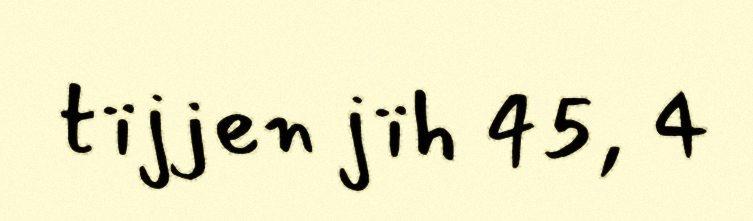
tïjjen jïh 45, 4